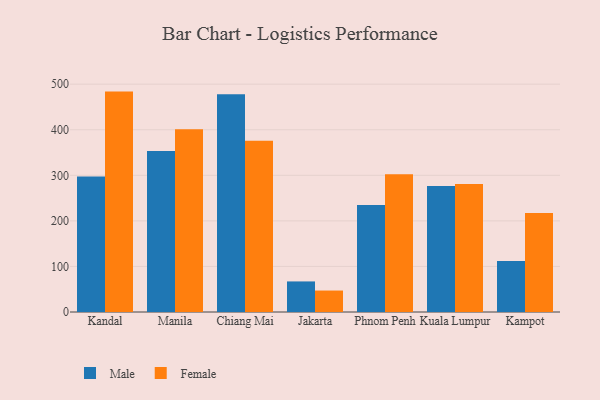
{"axis": {"x": "City", "y": "Demand Index"}, "legend": ["Female", "Male"], "data": [{"x": "Kandal", "y": 297.5, "type": "Male"}, {"x": "Kandal", "y": 483.7, "type": "Female"}, {"x": "Manila", "y": 353.3, "type": "Male"}, {"x": "Manila", "y": 400.9, "type": "Female"}, {"x": "Chiang Mai", "y": 477.9, "type": "Male"}, {"x": "Chiang Mai", "y": 376.1, "type": "Female"}, {"x": "Jakarta", "y": 67.1, "type": "Male"}, {"x": "Jakarta", "y": 47.1, "type": "Female"}, {"x": "Phnom Penh", "y": 234.6, "type": "Male"}, {"x": "Phnom Penh", "y": 302.3, "type": "Female"}, {"x": "Kuala Lumpur", "y": 276.6, "type": "Male"}, {"x": "Kuala Lumpur", "y": 281.0, "type": "Female"}, {"x": "Kampot", "y": 111.7, "type": "Male"}, {"x": "Kampot", "y": 217.3, "type": "Female"}]}